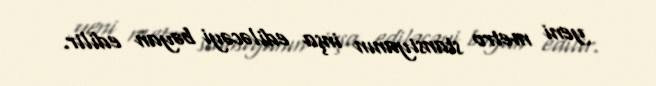
yeni metro stansiyanın inşa ediləcəyi bəyan edilir.